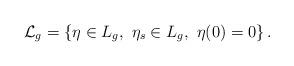
LaTeX: \begin{align*}{\cal L}_{g} = \left\{\eta\in L_{g},\ \eta_{s}\in L_{g},\ \eta (0) = 0\right\}.\end{align*}